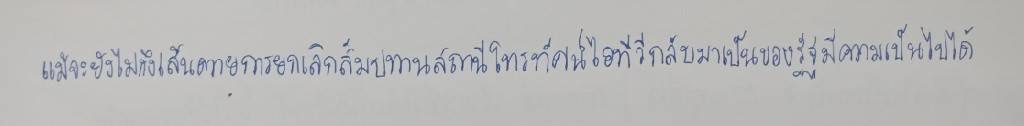
แม้จะยังไม่ถึงเส้นตายการยกเลิกสัมปทานสถานีโทรทัศน์ไอทีวีกลับมาเป็นของรัฐมีความเป็นไปได้